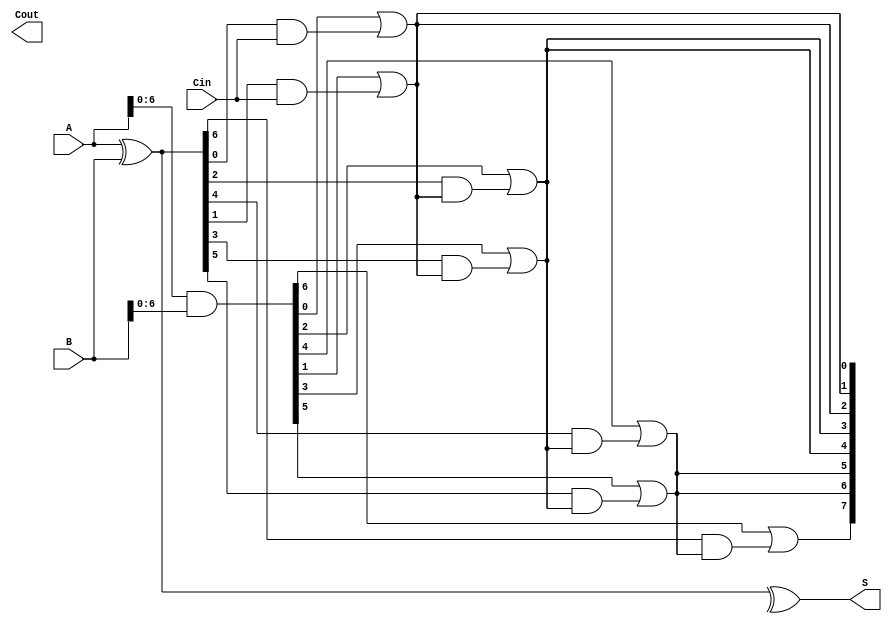
module SklanskyAdder #(parameter n = 8) (
    input [n-1:0] A,
    input [n-1:0] B,
    input Cin,
    output [n-1:0] S,
    output Cout
);

    // Generate and Propagate signals
    wire [n-1:0] G; // Generate
    wire [n-1:0] P; // Propagate
    wire [n:0] C;   // Carry

    // Generate and Propagate calculations
    assign G = A & B;
    assign P = A ^ B;

    // Carry calculations using Sklansky method
    assign C[0] = Cin; // Initial carry-in

    // Level 1
    genvar i;
    generate
        for (i = 0; i < n; i = i + 1) begin: level1
            if (i % 2 == 1) begin
                assign C[i] = G[i-1] | (P[i-1] & C[i-1]);
            end else begin
                assign C[i] = C[i-1]; // No carry generated for even indices
            end
        end
    endgenerate

    // Level 2
    generate
        for (i = 0; i < n; i = i + 2) begin: level2
            if (i + 2 < n) begin
                assign C[i + 2] = G[i + 1] | (P[i + 1] & C[i]);
            end
        end
    endgenerate

    // Level 3
    generate
        for (i = 0; i < n; i = i + 4) begin: level3
            if (i + 4 < n) begin
                assign C[i + 4] = G[i + 3] | (P[i + 3] & C[i + 2]);
            end
        end
    endgenerate

    // Final carry-out
    assign Cout = C[n];

    // Sum calculation
    assign S = P ^ C[n-1:0];

endmodule